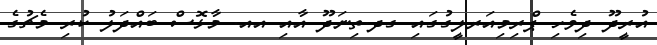
އުރީދޫ ދިވެހި ޕްރިމިއަރލީގުގައި ގދ.ތިނަދޫ އާއި އއ. މާޅޮސް ބައްދަލު ކުރި މެޗުގެ